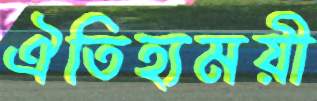
ঐতিহ্যময়ী